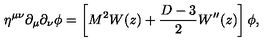
\eta ^ { \mu \nu } \partial _ { \mu } \partial _ { \nu } \phi = \left[ M ^ { 2 } W ( z ) + { \frac { D - 3 } { 2 } } W ^ { \prime \prime } ( z ) \right] \phi ,